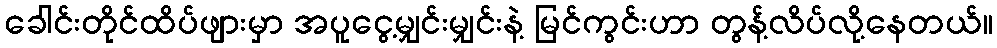
ခေါင်းတိုင်ထိပ်ဖျားမှာ အပူငွေ့မျှင်းမျှင်းနဲ့ မြင်ကွင်းဟာ တွန့်လိပ်လို့နေတယ်။